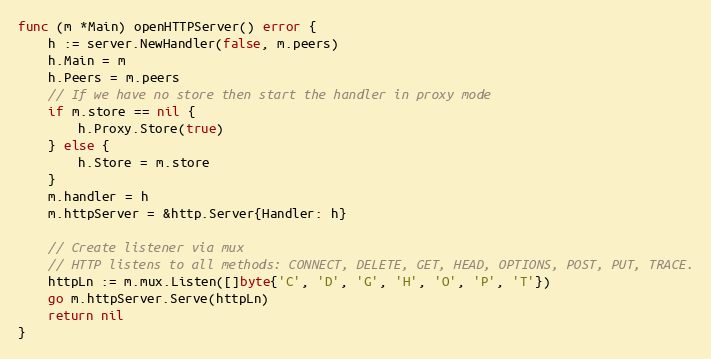
Language: Go
func (m *Main) openHTTPServer() error {
	h := server.NewHandler(false, m.peers)
	h.Main = m
	h.Peers = m.peers
	// If we have no store then start the handler in proxy mode
	if m.store == nil {
		h.Proxy.Store(true)
	} else {
		h.Store = m.store
	}
	m.handler = h
	m.httpServer = &http.Server{Handler: h}

	// Create listener via mux
	// HTTP listens to all methods: CONNECT, DELETE, GET, HEAD, OPTIONS, POST, PUT, TRACE.
	httpLn := m.mux.Listen([]byte{'C', 'D', 'G', 'H', 'O', 'P', 'T'})
	go m.httpServer.Serve(httpLn)
	return nil
}